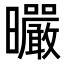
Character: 曮